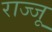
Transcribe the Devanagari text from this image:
राज्जू